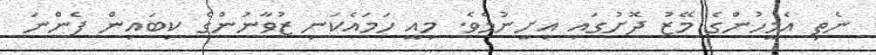
ނެތި އެމީހުންގެ މޭޒު ދޮށުގައި އިށީނުމެވެ. މިއީ ހަމައެކަނި ޒުވާނުންގެ ކިބައިން ފެންނަ